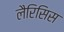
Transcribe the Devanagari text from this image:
लैरिसिस